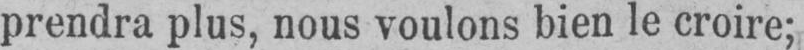
prendra plus, nous voulons bien le croire;